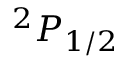
^ 2 P _ { 1 / 2 }